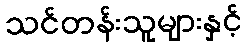
သင်တန်းသူများနှင့်